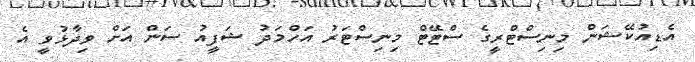
އެޑިއުކޭޝަން މިނިސްޓްރީގެ ސްޓޭޓް މިނިސްޓަރު އަހްމަދު ޝަފީއު ސަން އަށް ވިދާޅުވީ އެ